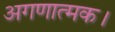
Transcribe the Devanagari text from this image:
अगणात्मक।